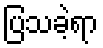
ပြသခဲ့ရာ